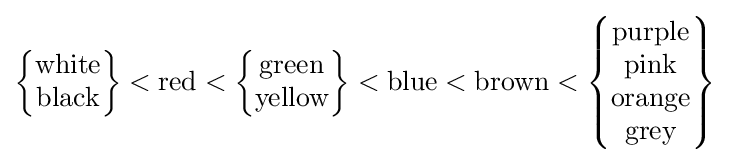
{\begin{Bmatrix}{\text{white}}\\{\text{black}}\end{Bmatrix}}<{\text{red}}<{\begin{Bmatrix}{\text{green}}\\{\text{yellow}}\end{Bmatrix}}<{\text{blue}}<{\text{brown}}<{\begin{Bmatrix}{\text{purple}}\\{\text{pink}}\\{\text{orange}}\\{\text{grey}}\end{Bmatrix}}